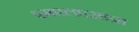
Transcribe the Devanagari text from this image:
एमएलएसएस